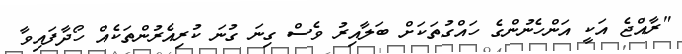
"ރާއްޖެ އަކީ އަންހެނުންގެ ހައްގުތަކަށް ބަލާއިރު ވެސް ގިނަ ގުނަ ކުރިއެރުންތަކެއް ހޯދާފައިވާ